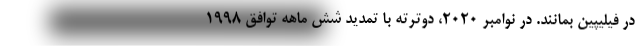
در فیلیپین بمانند. در نوامبر 2020، دوترته با تمدید شش ماهه توافق 1998